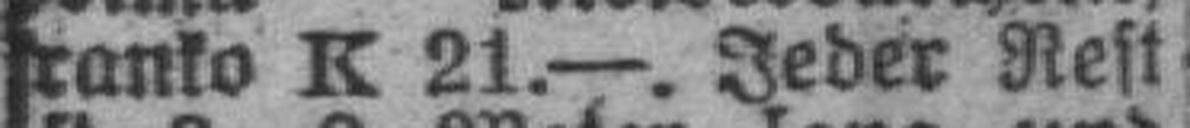
franko K 21.—. Jeder Rest